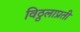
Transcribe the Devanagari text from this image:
विठ्ठलाप्रती